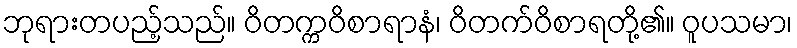
ဘုရားတပည့်သည်။ ဝိတက္ကဝိစာရာနံ၊ ဝိတက်ဝိစာရတို့၏။ ဝူပသမာ၊